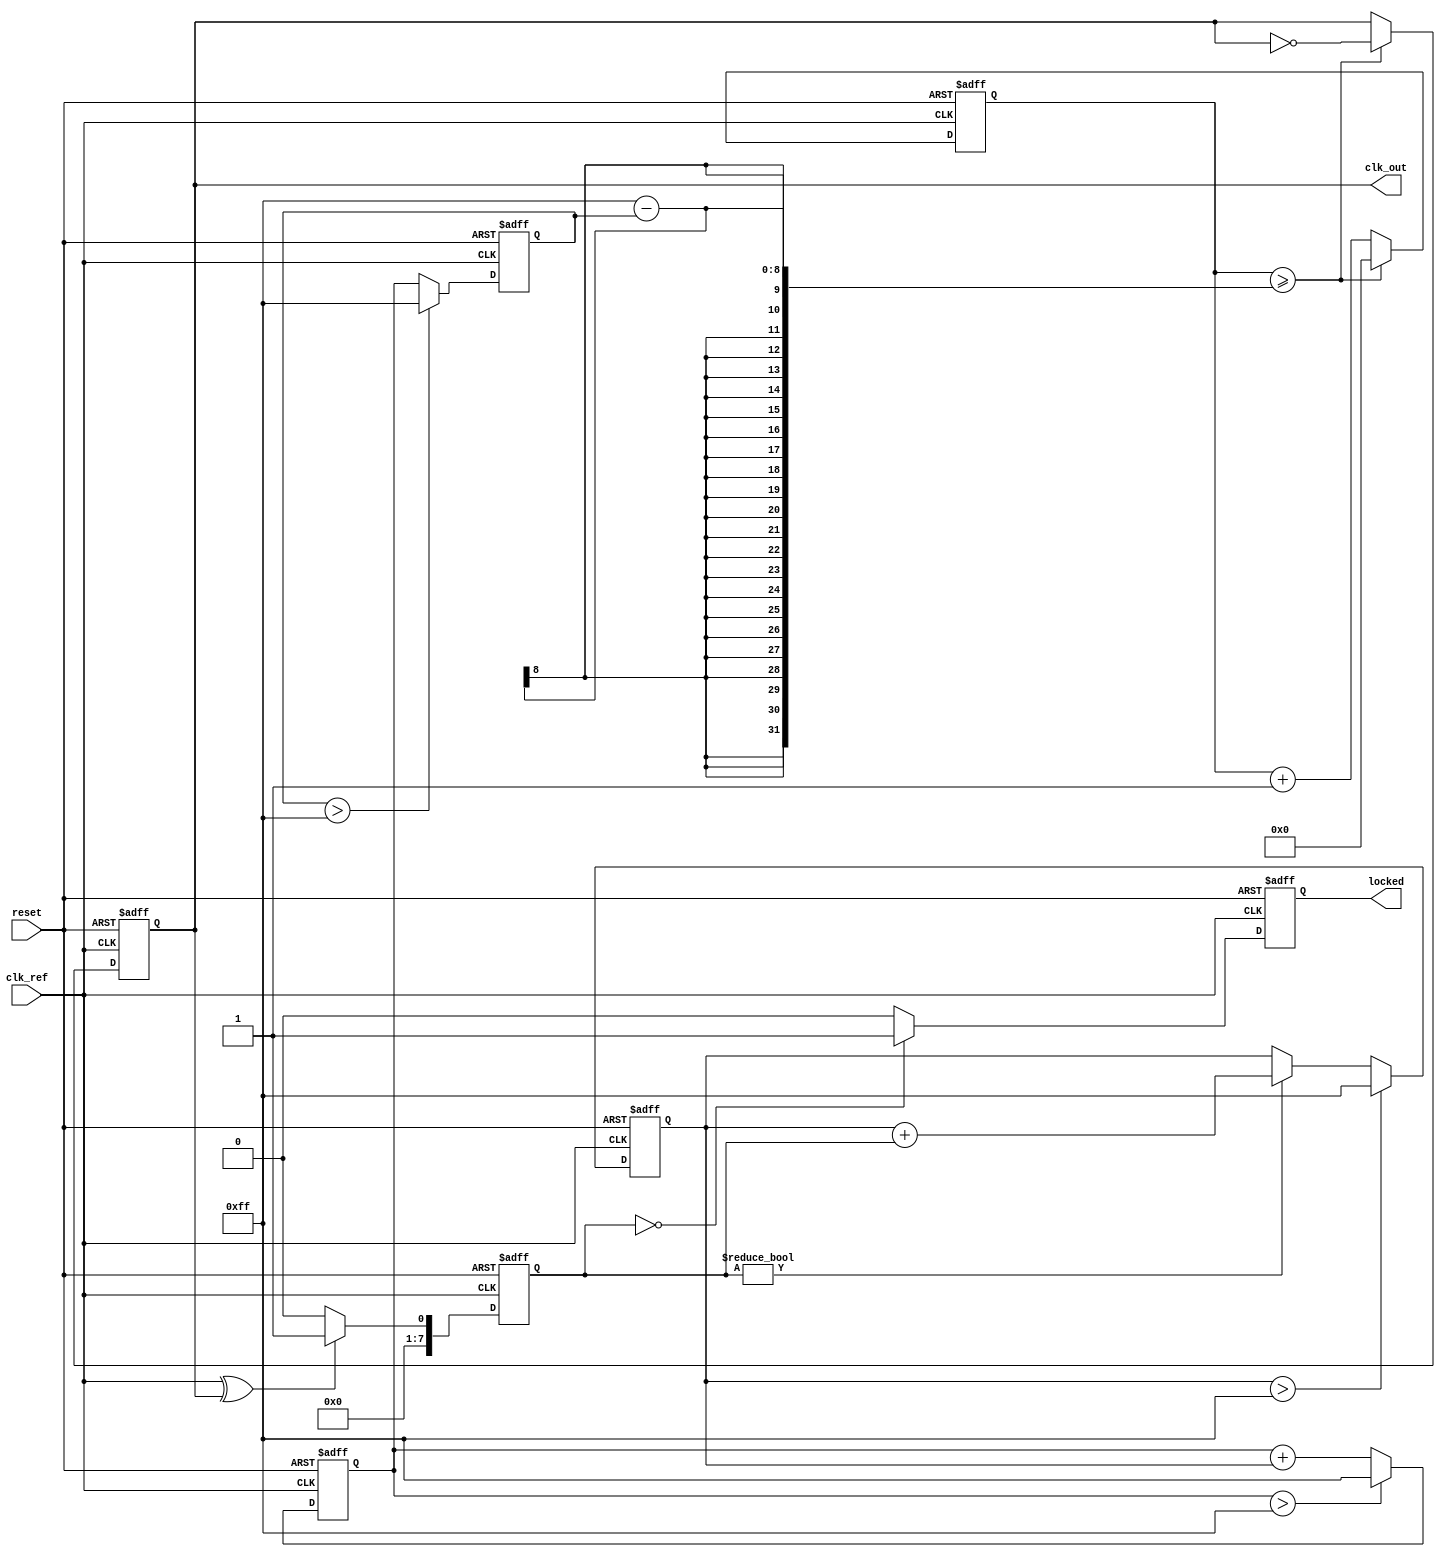
module type2_pll (
    input wire clk_ref,        // Reference clock input
    input wire reset,          // Asynchronous reset
    output reg clk_out,        // Output clock
    output reg locked          // Lock indicator
);

    // Parameters for the PLL
    parameter PHASE_ERROR_MAX = 10; // Maximum phase error
    parameter INTEGRATOR_MAX = 255;  // Maximum integrator value
    parameter VCO_MAX = 255;          // Maximum VCO value
    parameter VCO_MIN = 0;            // Minimum VCO value

    // Internal signals
    reg [7:0] phase_error;           // Phase error signal
    reg [7:0] integrator;             // Integrator output
    reg [7:0] vco_control;            // Control signal to VCO
    reg [7:0] vco_freq;               // VCO frequency output
    reg [31:0] clk_divider;           // Clock divider for output clock

    // Phase Detector
    always @(posedge clk_ref or posedge reset) begin
        if (reset) begin
            phase_error <= 0;
        end else begin
            // Simple phase detector logic (XOR-based for example)
            phase_error <= (clk_ref ^ clk_out) ? 1 : 0; // Phase error signal
        end
    end

    // Loop Filter (Integrator + Proportional Gain)
    always @(posedge clk_ref or posedge reset) begin
        if (reset) begin
            integrator <= 0;
            vco_control <= 0;
        end else begin
            // Proportional control
            if (phase_error) begin
                vco_control <= vco_control + phase_error; // Adjust control signal
            end
            
            // Integrator logic
            if (vco_control > INTEGRATOR_MAX) begin
                vco_control <= INTEGRATOR_MAX;
            end
            
            integrator <= integrator + vco_control;
            if (integrator > INTEGRATOR_MAX) begin
                integrator <= INTEGRATOR_MAX;
            end
        end
    end

    // Voltage-Controlled Oscillator (VCO)
    always @(posedge clk_ref or posedge reset) begin
        if (reset) begin
            vco_freq <= VCO_MIN;
        end else begin
            // Control the VCO frequency based on the integrator value
            vco_freq <= integrator; // Simple mapping for demonstration
            if (vco_freq > VCO_MAX) begin
                vco_freq <= VCO_MAX;
            end
        end
    end

    // Output Clock Generation
    always @(posedge clk_ref or posedge reset) begin
        if (reset) begin
            clk_out <= 0;
            clk_divider <= 0;
            locked <= 0;
        end else begin
            // Generate output clock based on VCO frequency
            clk_divider <= clk_divider + 1;
            if (clk_divider >= (VCO_MAX - vco_freq)) begin
                clk_out <= ~clk_out; // Toggle output clock
                clk_divider <= 0;
            end
            
            // Lock detection logic (simple example)
            if (phase_error == 0) begin
                locked <= 1; // Indicate locked status
            end else begin
                locked <= 0;
            end
        end
    end

endmodule